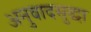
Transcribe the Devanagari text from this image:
अनुवादसुद्धा